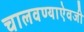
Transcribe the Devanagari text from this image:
चालवण्याऐवजी